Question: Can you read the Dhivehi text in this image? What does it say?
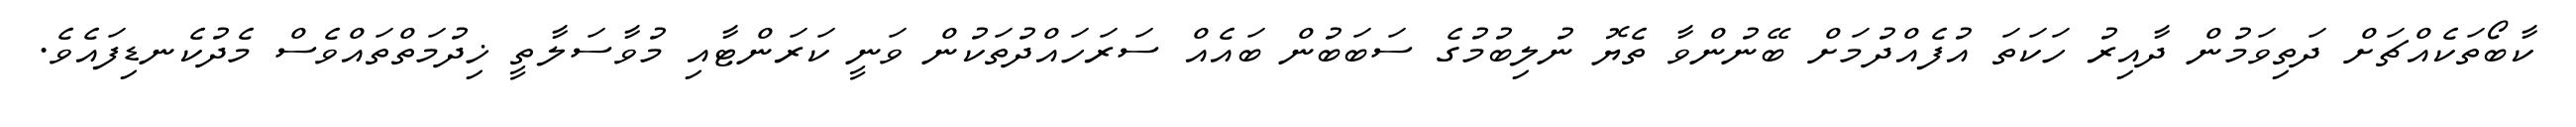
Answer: ކާބޯތަކެއްޗަށް ދަތިވަމުން ދާއިރު ހަކަތަ އުފެއްދުމަށް ބޭނުންވާ ތެޔޮ ނުލިބުމުގެ ސަބަބުން ބައެއް ސަރަހައްދުތަކުން ވަނީ ކަރަންޓާއި މުވާސަލާތީ ޚިދުމަތްތައްވެސް މެދުކެނޑިފައެވެ.